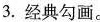
3.经典勾画。